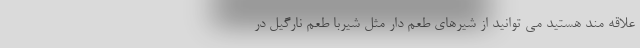
علاقه مند هستید می توانید از شیرهای طعم دار مثل شیربا طعم نارگیل در